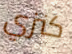
كنزي